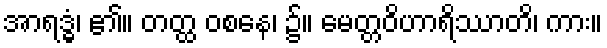
အာရဒ္ဓံ၊ ၏။ တတ္ထ ဝစနေ၊ ၌။ မေတ္တဝိဟာရိဿာတိ၊ ကား။